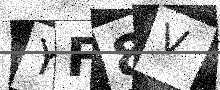
Text: YF8V